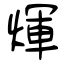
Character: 煇